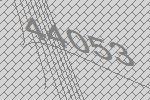
44053